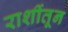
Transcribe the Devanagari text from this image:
राशींतून